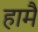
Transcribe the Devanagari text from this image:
हामै